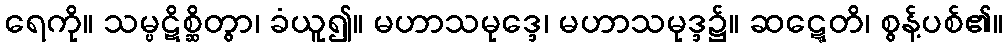
ရေကို။ သမ္ပဋိစ္ဆိတွာ၊ ခံယူ၍။ မဟာသမုဒ္ဒေ၊ မဟာသမုဒ္ဒ၌။ ဆဋ္ဋေတိ၊ စွန့်ပစ်၏။